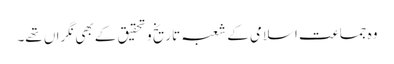
وہ جماعت اسلامی کے شعبہ تاریخ و تحقیق کے بھی نگراں تھے۔